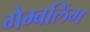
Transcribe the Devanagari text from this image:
गेम्बलिंग